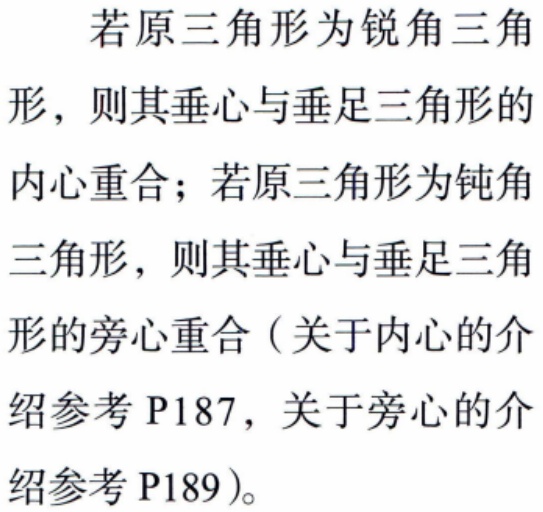
若原三角形为锐角三角形，则其垂心与垂足三角形的内心重合；若原三角形为钝角三角形，则其垂心与垂足三角形的旁心重合（关于内心的介绍参考P187，关于旁心的介绍参考P189）。